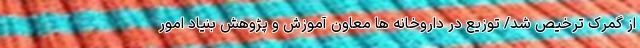
از گمرک ترخیص شد/ توزیع در داروخانه ها معاون آموزش و پژوهش بنیاد امور